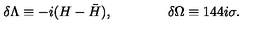
\delta \Lambda \equiv - i ( H - { \bar { H } } ) , \qquad \qquad \delta \Omega \equiv 1 4 4 i \sigma .